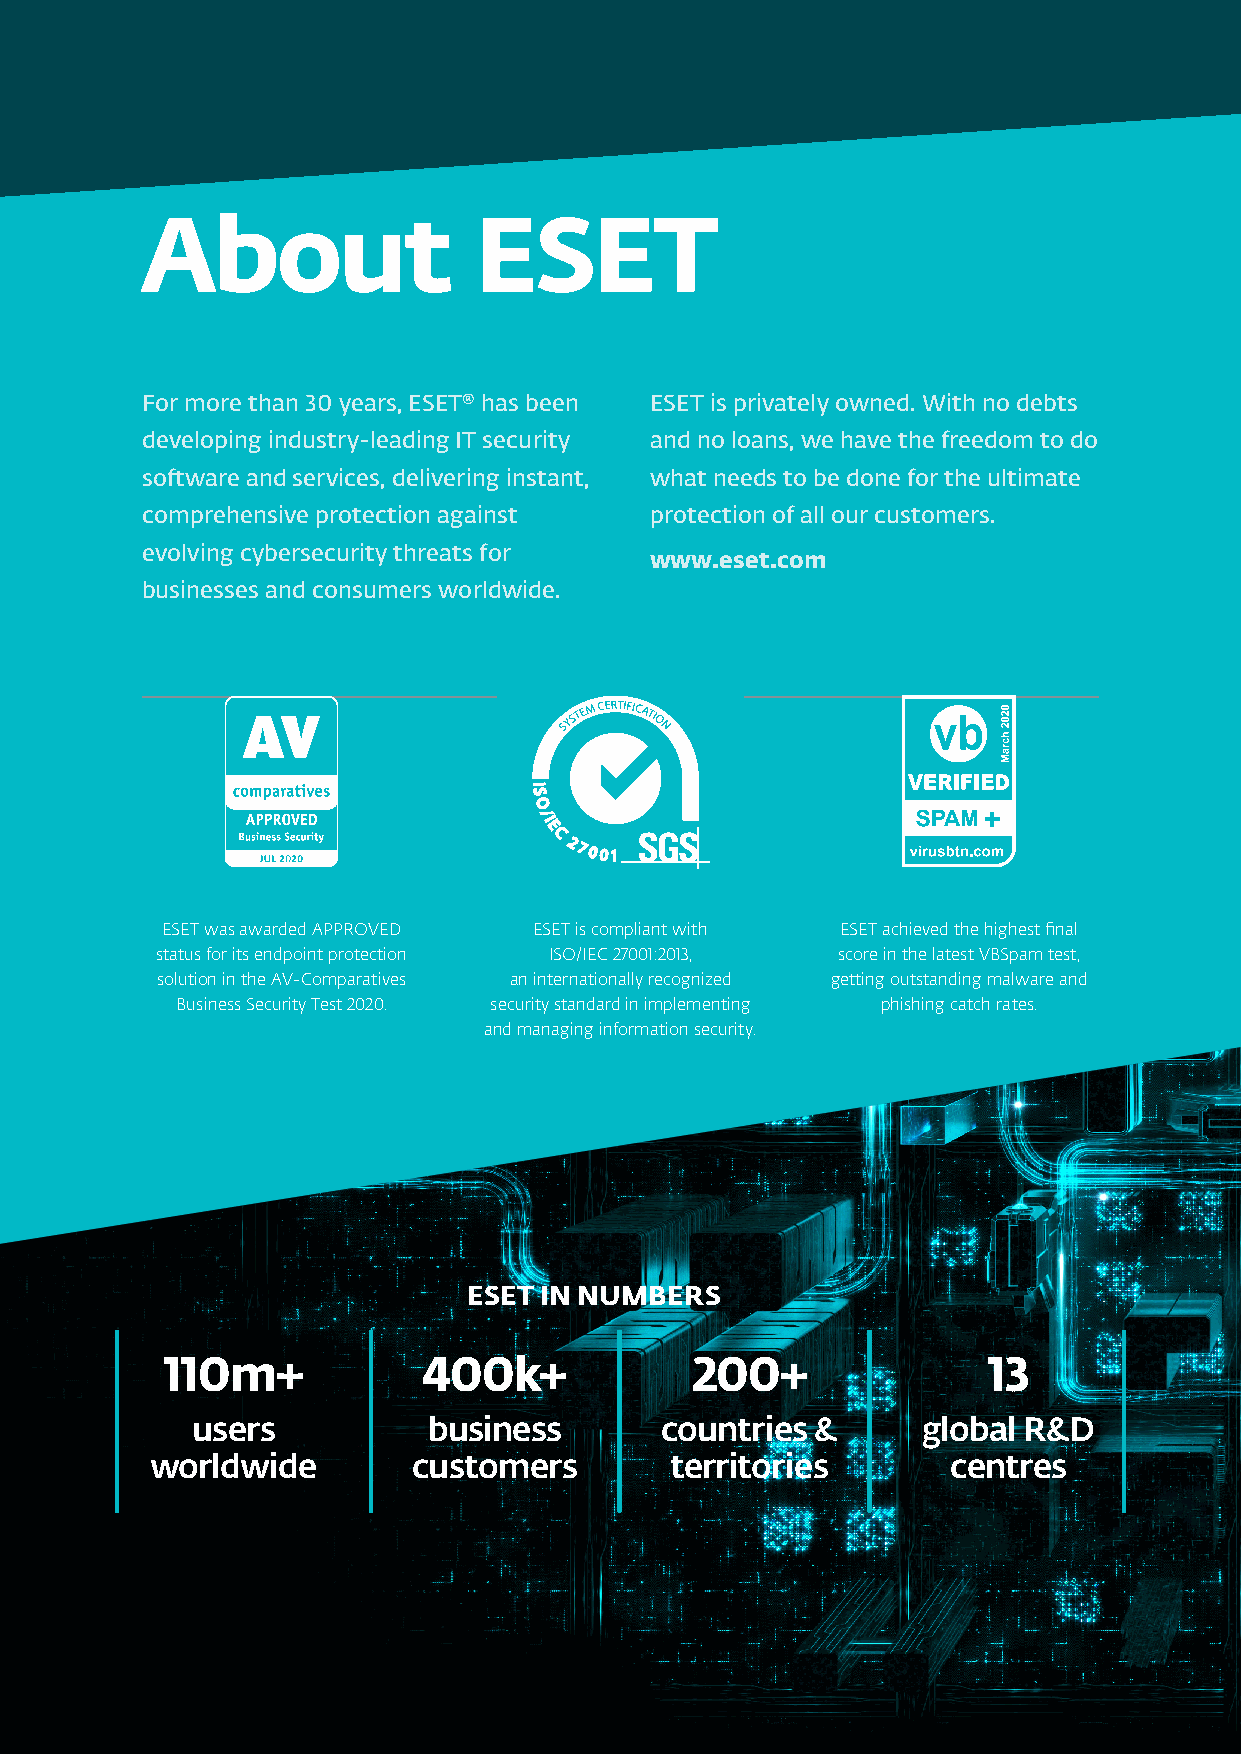
About                 ESET
 For more than 30 years, ESET® has been ESET is privately owned. With no debts
 developing industry-leading IT security and no loans, we have the freedom to do
 software and services, delivering instant, what needs to be done for the ultimate
 comprehensive protection against  protection of all our customers.
 evolving cybersecurity threats for
 www.eset.com
 businesses and consumers worldwide.
 ESET was awarded APPROVED ESET is compliant with ESET achieved the highest final
 status for its endpoint protection ISO/IEC 27001:2013, score in the latest VBSpam test,
 solution in the AV-Comparatives an internationally recognized getting outstanding malware and
 Business Security Test 2020. security standard in implementing phishing catch rates.
 and managing information security.
 ESET IN NUMBERS
 110m+            400k+             200+               13
 users          business        countries &      global R&D
 worldwide        customers        territories        centres